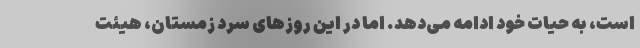
است، به حیات خود ادامه می‌دهد. اما در این روزهای سرد زمستان، هیئت